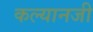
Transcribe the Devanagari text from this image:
कल्यानजी